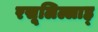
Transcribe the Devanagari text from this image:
रसूलिल्लाह्